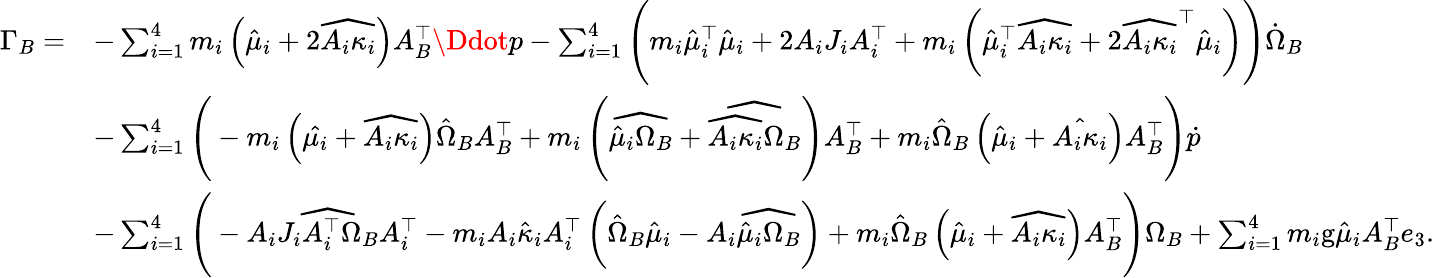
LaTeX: \begin{array}{rl}{\Gamma_{B}=}&{-\sum_{i=1}^{4}m_{i}\left(\hat{\mu}_{i}+2\widehat{A_{i}\kappa_{i}}\right)A_{B}^{\top}\Ddot{p}-\sum_{i=1}^{4}\Bigg(m_{i}\hat{\mu}_{i}^{\top}\hat{\mu}_{i}+2A_{i}J_{i}A_{i}^{\top}+m_{i}\left(\hat{\mu}_{i}^{\top}\widehat{A_{i}\kappa_{i}}+2\widehat{A_{i}\kappa_{i}}^{\top}\hat{\mu}_{i}\right)\Bigg)\dot{\Omega}_{B}}\\ &{-\sum_{i=1}^{4}\Bigg(-m_{i}\left(\hat{\mu_{i}}+\widehat{A_{i}\kappa_{i}}\right)\hat{\Omega}_{B}A_{B}^{\top}+m_{i}\left(\widehat{\hat{\mu}_{i}\Omega_{B}}+\widehat{\widehat{A_{i}\kappa_{i}}\Omega_{B}}\right)A_{B}^{\top}+m_{i}\hat{\Omega}_{B}\left(\hat{\mu}_{i}+\hat{A_{i}\kappa_{i}}\right)A_{B}^{\top}\Bigg)\dot{p}}\\ &{-\sum_{i=1}^{4}\Bigg(-A_{i}\widehat{J_{i}A_{i}^{\top}\Omega_{B}}A_{i}^{\top}-m_{i}A_{i}\hat{\kappa}_{i}A_{i}^{\top}\left(\hat{\Omega}_{B}\hat{\mu}_{i}-A_{i}\widehat{\hat{\mu}_{i}\Omega_{B}}\right)+m_{i}\hat{\Omega}_{B}\left(\hat{\mu}_{i}+\widehat{A_{i}\kappa_{i}}\right)A_{B}^{\top}\Bigg)\Omega_{B}+\sum_{i=1}^{4}m_{i}\mathrm{g}\hat{\mu}_{i}A_{B}^{\top}e_{3}.}\end{array}